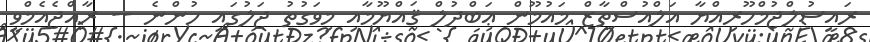
ރައީސުލްޖުމްހޫރިއްޔާ އަލްއުސްތާޒް މައުމޫން ޢަބްދުލް ޤައްޔޫމާއި މިވަގުތު ޖަލުގައި ހުންނެ -- ރާއްޖެއެމްވީ